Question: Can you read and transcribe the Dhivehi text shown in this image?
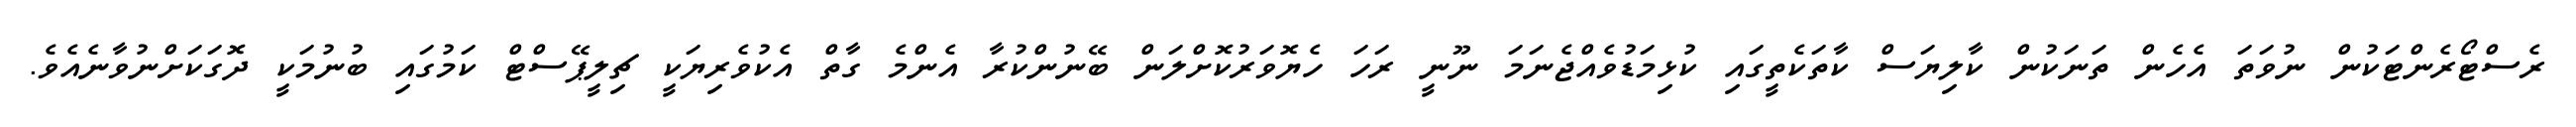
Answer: ރެސްޓޯރެންޓަކުން ނުވަތަ އެހެން ތަނަކުން ކާލިޔަސް ކާތަކެތީގައި ކުޅިމަޑުވެއްޖެނަމަ ނޫނީ ރަހަ ހެޔޮވަރުކޮށްލަން ބޭނުންކުރާ އެންމެ ގާތް އެކުވެރިޔަކީ ޗިލީޕޭސްޓް ކަމުގައި ބުނުމަކީ ދޮގަކަށްނުވާނެއެވެ.